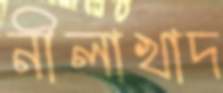
নীলাখাদ